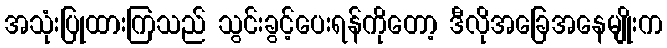
အသုံးပြုထားကြသည် သွင်းခွင့်ပေးရန်ကိုတော့ ဒီလိုအခြေအနေမျိုးက